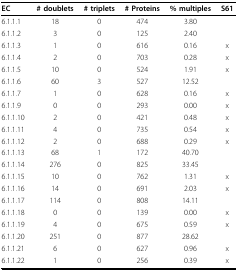
<table><thead><tr><td><b>EC</b></td><td><b># doublets</b></td><td><b># triplets</b></td><td><b># Proteins</b></td><td><b>% multiples</b></td><td><b>S61</b></td></tr></thead><tbody><tr><td>6.1.1.1</td><td>18</td><td>0</td><td>474</td><td>3.80</td><td></td></tr><tr><td>6.1.1.2</td><td>3</td><td>0</td><td>125</td><td>2.40</td><td></td></tr><tr><td>6.1.1.3</td><td>1</td><td>0</td><td>616</td><td>0.16</td><td>x</td></tr><tr><td>6.1.1.4</td><td>2</td><td>0</td><td>703</td><td>0.28</td><td>x</td></tr><tr><td>6.1.1.5</td><td>10</td><td>0</td><td>524</td><td>1.91</td><td>x</td></tr><tr><td>6.1.1.6</td><td>60</td><td>3</td><td>527</td><td>12.52</td><td></td></tr><tr><td>6.1.1.7</td><td>1</td><td>0</td><td>628</td><td>0.16</td><td>x</td></tr><tr><td>6.1.1.9</td><td>0</td><td>0</td><td>293</td><td>0.00</td><td>x</td></tr><tr><td>6.1.1.10</td><td>2</td><td>0</td><td>421</td><td>0.48</td><td>x</td></tr><tr><td>6.1.1.11</td><td>4</td><td>0</td><td>735</td><td>0.54</td><td>x</td></tr><tr><td>6.1.1.12</td><td>2</td><td>0</td><td>688</td><td>0.29</td><td>x</td></tr><tr><td>6.1.1.13</td><td>68</td><td>1</td><td>172</td><td>40.70</td><td></td></tr><tr><td>6.1.1.14</td><td>276</td><td>0</td><td>825</td><td>33.45</td><td></td></tr><tr><td>6.1.1.15</td><td>10</td><td>0</td><td>762</td><td>1.31</td><td>x</td></tr><tr><td>6.1.1.16</td><td>14</td><td>0</td><td>691</td><td>2.03</td><td>x</td></tr><tr><td>6.1.1.17</td><td>114</td><td>0</td><td>808</td><td>14.11</td><td></td></tr><tr><td>6.1.1.18</td><td>0</td><td>0</td><td>139</td><td>0.00</td><td>x</td></tr><tr><td>6.1.1.19</td><td>4</td><td>0</td><td>675</td><td>0.59</td><td>x</td></tr><tr><td>6.1.1.20</td><td>251</td><td>0</td><td>877</td><td>28.62</td><td></td></tr><tr><td>6.1.1.21</td><td>6</td><td>0</td><td>627</td><td>0.96</td><td>x</td></tr><tr><td>6.1.1.22</td><td>1</td><td>0</td><td>256</td><td>0.39</td><td>x</td></tr></tbody></table>